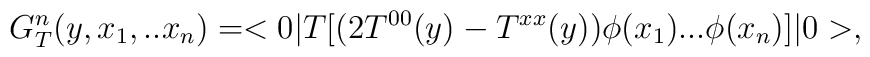
G^{n}_{T}(y,x_1,..x_n)=<0|T\bigl[\bigl(2 T^{00}(y)-T^{xx}(y)\bigr)\phi(x_1)...\phi(x_n)\bigr]|0>,